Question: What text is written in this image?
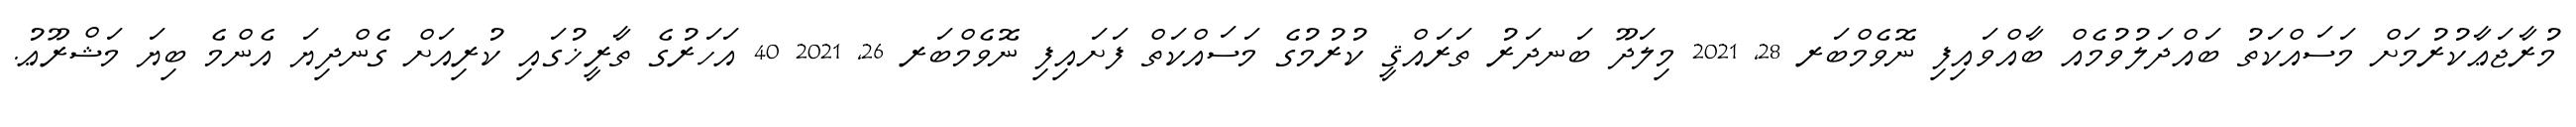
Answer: މުރާޖަޢާކުރުމަށް މަސައްކަތު ބައްދަލުވުމެއް ބާއްވައިފި ނޮވެމްބަރ 28, 2021 މިލަދޫ ބަނދަރު ތަރައްޤީ ކުރުމުގެ މަސައްކަތް ފަށައިފި ނޮވެމްބަރ 26, 2021 40 އަހަރުގެ ތާރީޚުގައި ކުރިއަށް ގެންދިޔަ އެންމެ ބިޔަ މަޝްރޫޢު.